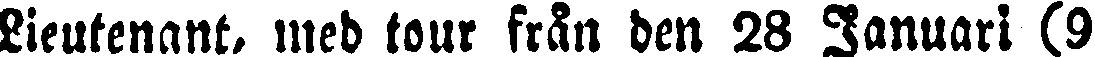
Lieutenant, med tour från den 29 Januari (9